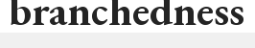
branchedness